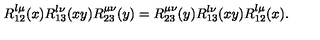
R _ { 1 2 } ^ { \l \mu } ( x ) R _ { 1 3 } ^ { \l \nu } ( x y ) R _ { 2 3 } ^ { \mu \nu } ( y ) = R _ { 2 3 } ^ { \mu \nu } ( y ) R _ { 1 3 } ^ { \l \nu } ( x y ) R _ { 1 2 } ^ { \l \mu } ( x ) .